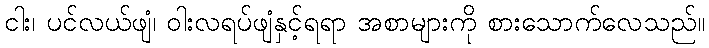
ငါး၊ ပင်လယ်ဖျံ၊ ဝါးလရပ်ဖျံနှင့်ရရာ အစာများကို စားသောက်လေသည်။